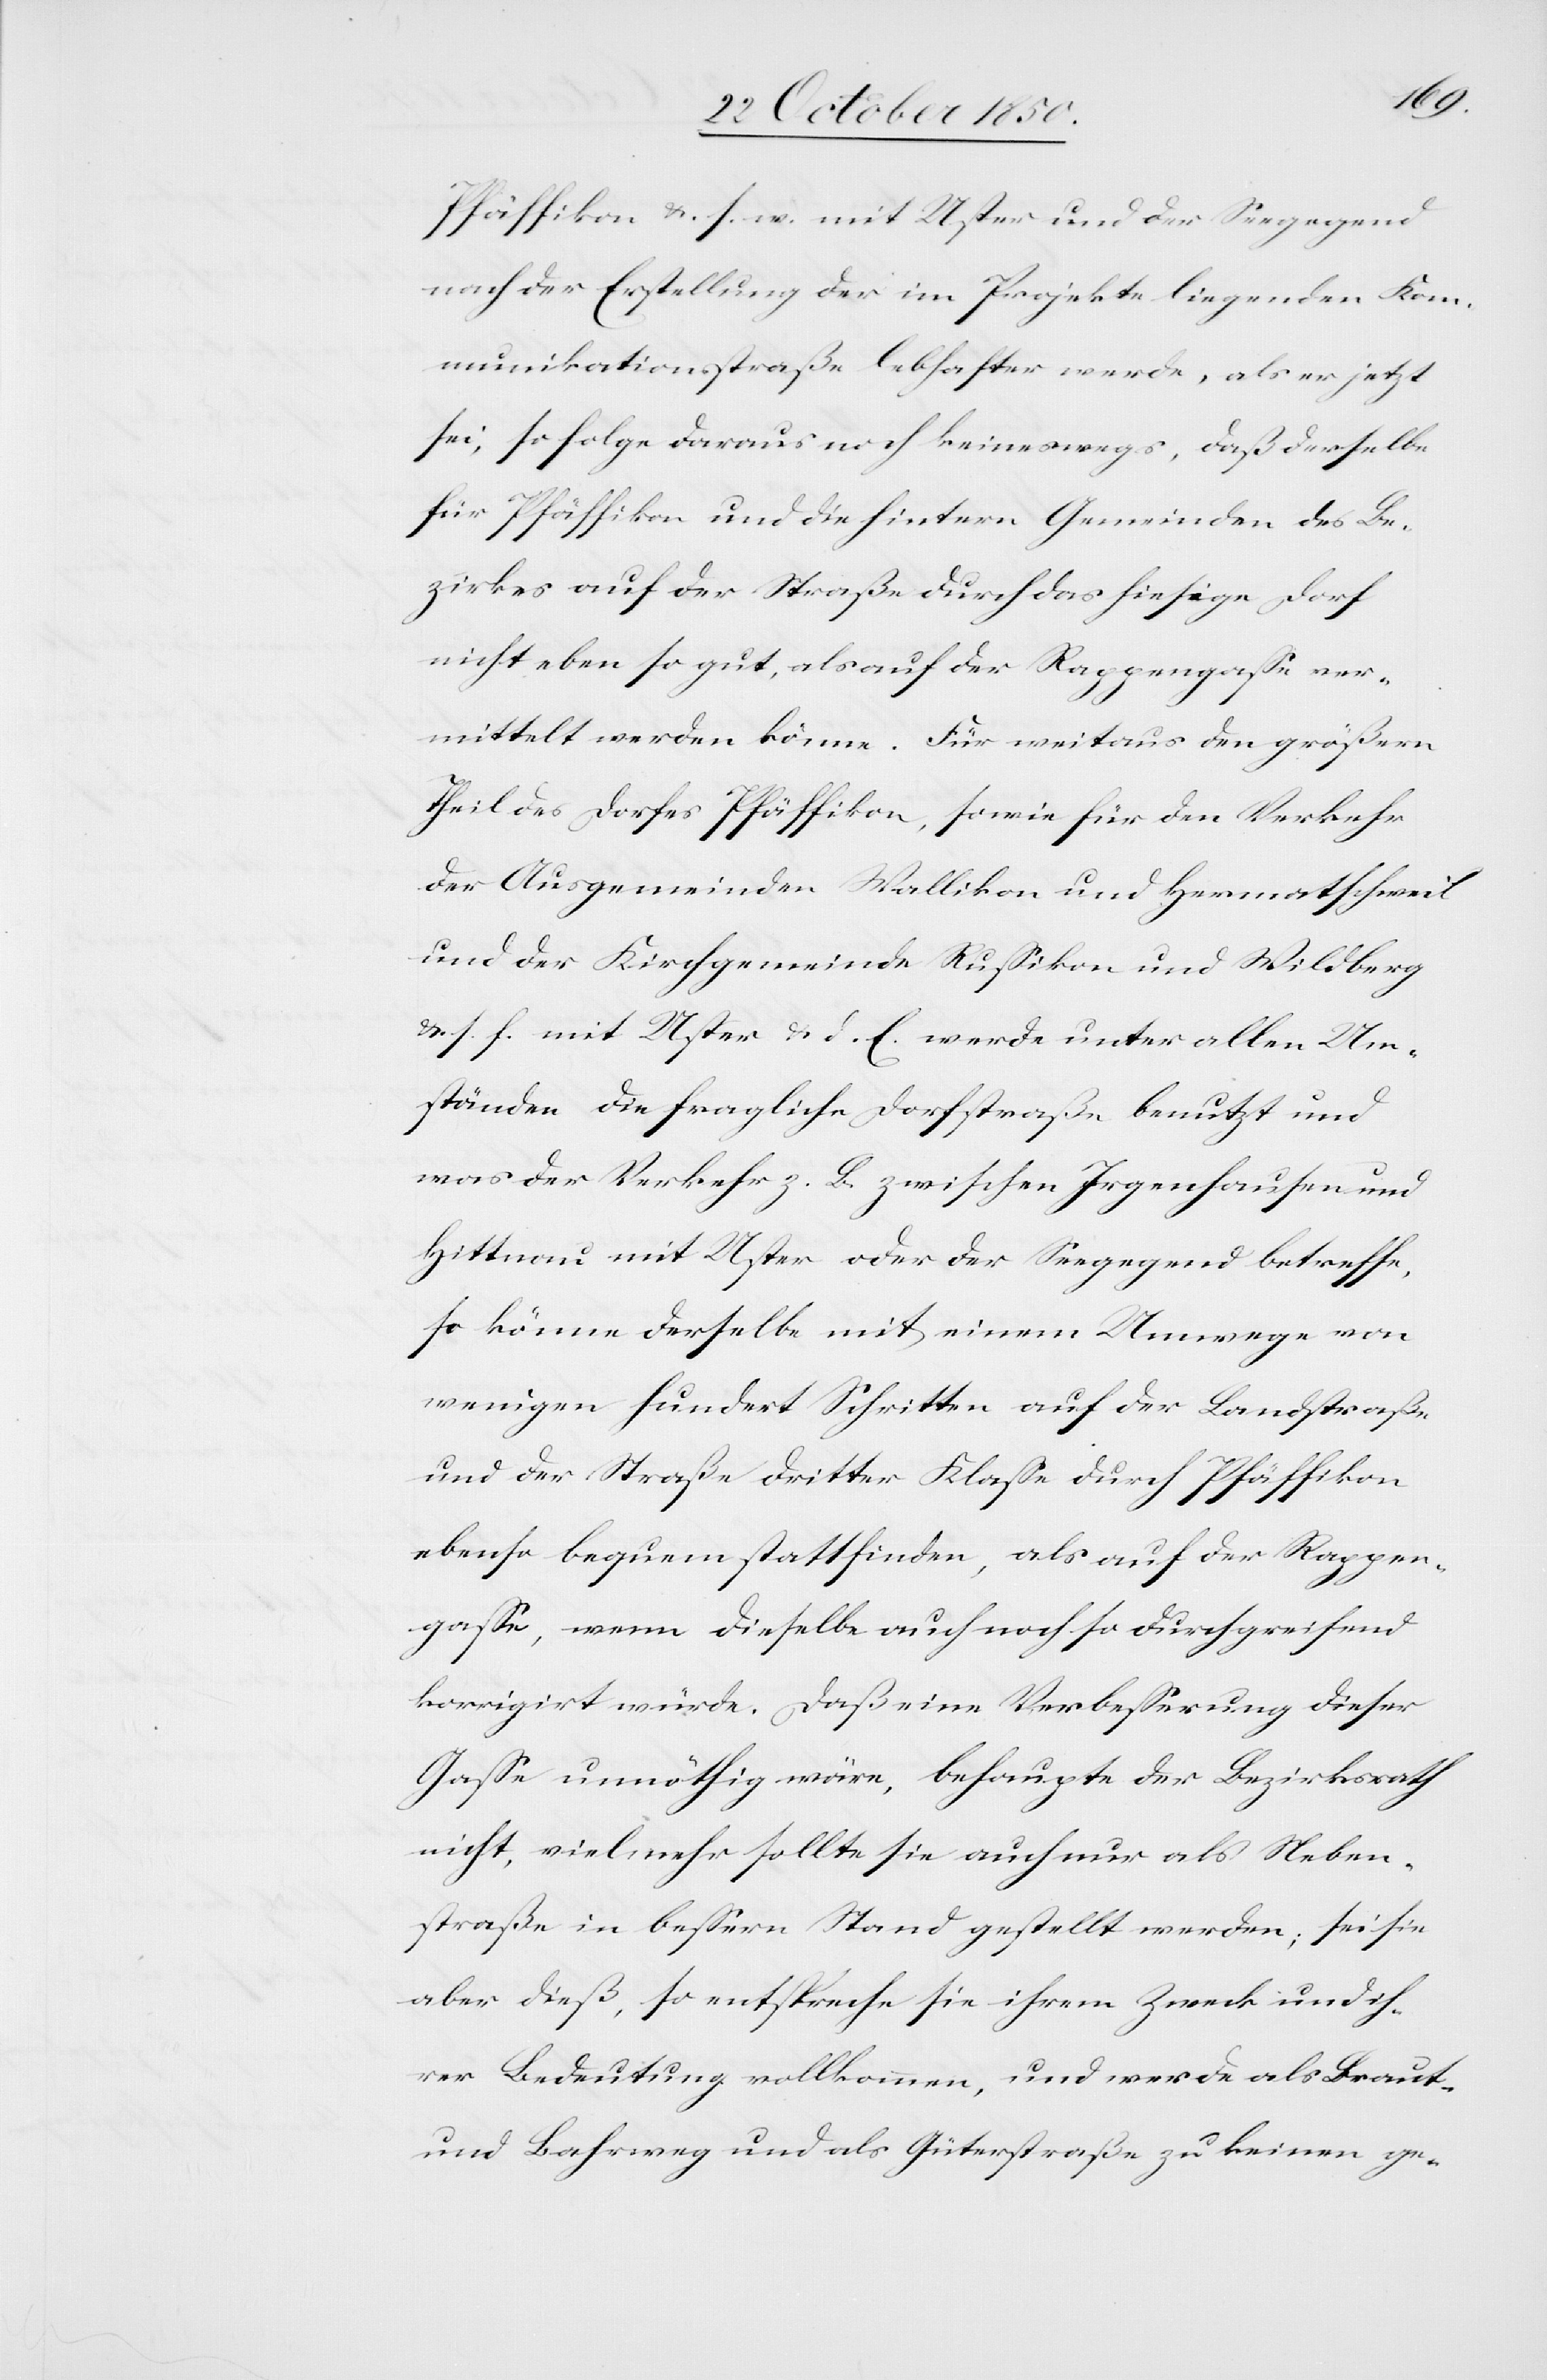
Pfäffikon &. s. w. mit Uster und der Seegegend
nach der Erstellung der im Projekte liegenden Kom¬
munikationsstraße lebhafter werde, als er jetzt
sei, so folge daraus noch keineswegs, daß derselbe
für Pfäffikon und die hintern Gemeinden des Be¬
zirkes auf der Straße durch das hiesige Dorf
nicht eben so gut, als auf der Rappengasse ver¬
mittelt werden könne. Für weitaus den größern
Theil des Dorfes Pfäffikon, so wie für den Verkehr
der Ausgemeinden Wallikon und Hermatschweil
und der Kirchgemeinde Russikon und Wildberg
&. s. f. mit Uster & d. E. werde unter allen Um¬
ständen die fragliche Dorfstraße benutzt und
was der Verkehr z. B. zwischen Irgenhausen und
Hittnau mit Uster oder der Seegegend betreffe,
so könne derselbe mit einem Umwege von
wenigen hundert Schritten auf der Landstraße
und der Straße dritter Klasse durch P¬
fäffikon
ebenso bequem stattfinden, als auf der Rappen¬
gasse, wenn dieselbe auch noch so durchgreifend
korrigirt würde. Daß eine Verbesserung dieser
Gasse unnöthig wäre, behaupte der Bezirksrath
nicht, vielmehr sollte sie auch nur als Neben¬
straße in bessern Stand gestellt werden; sei sie
aber dieß, so entspreche sie ihrem Zweck und ih¬
rer Bedeutung vollkommen, und werde als Braut-
und Bahrweg und als Güterstraße zu keinen ge-